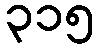
၃၁၅